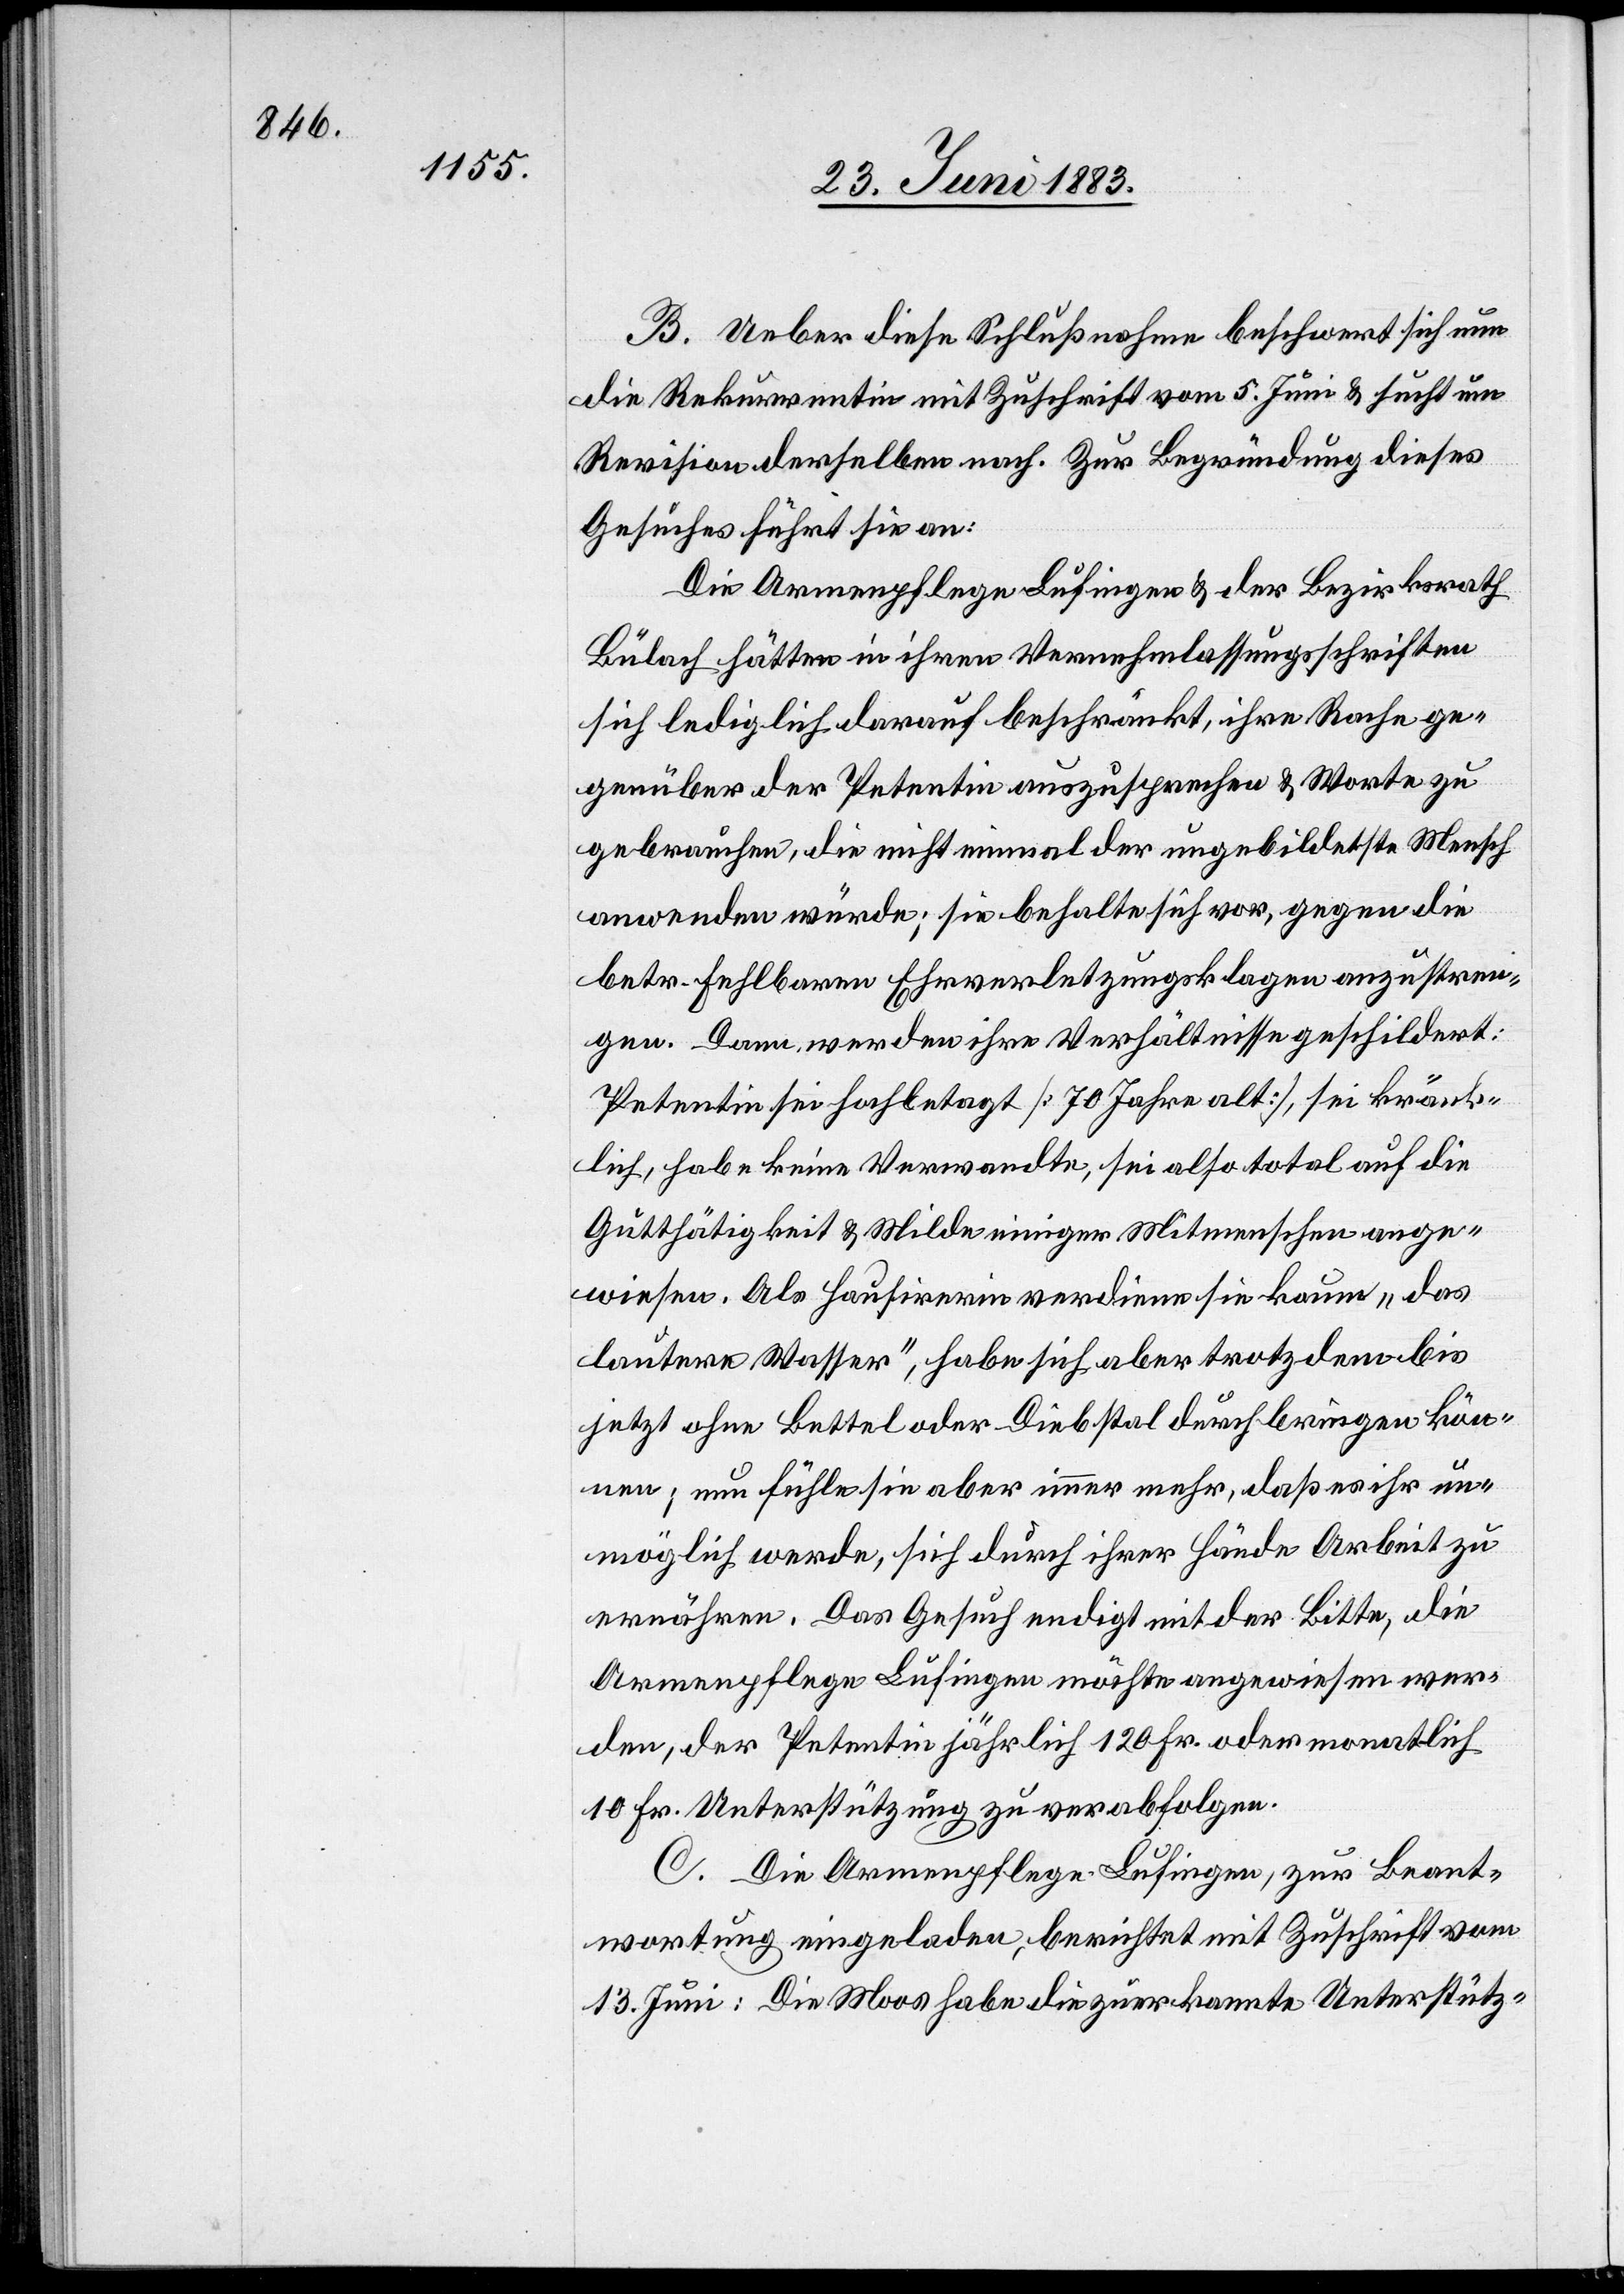
B. Ueber diese Schlußnahme beschwert sich nun
die Rekurrentin mit Zuschrift vom 5. Juni & sucht um
Revision derselben nach. Zur Begründung dieses
Gesuches führt sie an:
Die Armenpflege Lufingen & der Bezirksrath
Bülach hätten in ihren Vernehmlassungsschriften
sich lediglich darauf beschränkt, ihre Rache ge¬
genüber der Petentin auszusprechen & Worte zu
gebrauchen, die nicht einmal der ungebildetste Mensch
anwenden würde; sie behalten sich vor, gegen die
betr. fehlbaren Ehrverletzungsklagen anzustren¬
gen. Dann werden ihre Verhältnisse geschildert:
Petentin sei hochbetagt [70 Jahre alt], sei kränk¬
lich, habe keine Verwandte, sei also total auf die
Gutthätigkeit & Milde einiger Mitmenschen ange¬
wiesen. Als Hausirerin verdiene sie kaum „das
lautere Wasser“, habe sich aber trotzdem bis
jetzt ohne Bettel oder Diebstal durchbringen kön¬
nen; nun fühle sie aber immer mehr, daß es ihr un¬
möglich werde, sich durch ihrer Hände Arbeit zu
ernähren. Das Gesuch endigt mit der Bitte, die
Armenpflege Lufingen möchte angewiesen wer¬
den, der Petentin jährlich 120 Fr. oder monatlich
10 Fr. Unterstützung zu verabfolgen.
C. Die Armenpflege Lufingen, zur Beant¬
wortung eingeladen, berichtet mit Zuschrift vom
13. Juni: Die Moos habe die zuerkannte Unterstütz-